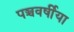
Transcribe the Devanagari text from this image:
पञ्चवर्षीया